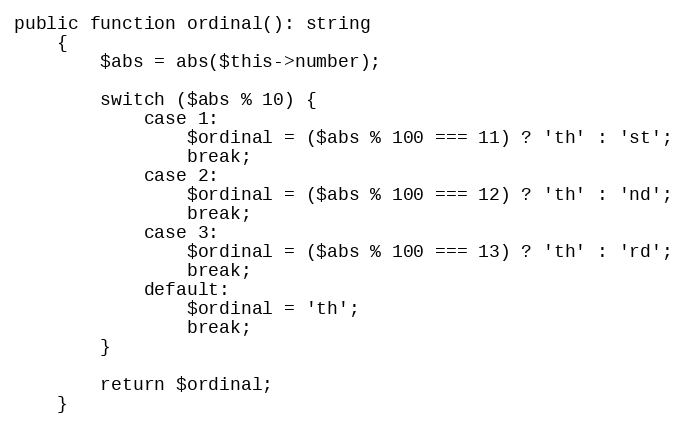
Language: PHP
public function ordinal(): string
    {
        $abs = abs($this->number);

        switch ($abs % 10) {
            case 1:
                $ordinal = ($abs % 100 === 11) ? 'th' : 'st';
                break;
            case 2:
                $ordinal = ($abs % 100 === 12) ? 'th' : 'nd';
                break;
            case 3:
                $ordinal = ($abs % 100 === 13) ? 'th' : 'rd';
                break;
            default:
                $ordinal = 'th';
                break;
        }

        return $ordinal;
    }